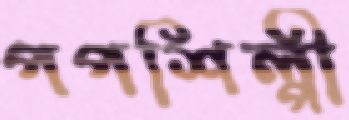
পপশিল্পী